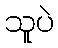
သူပဲ